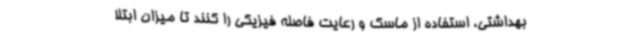
بهداشتی، استفاده از ماسک و رعایت فاصله فیزیکی را کنند تا میزان ابتلا